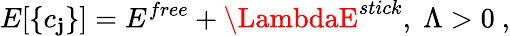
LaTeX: E[\{ c_{\mathbf{j}}\} ]=E^{free}+\LambdaE^{stick},\; \Lambda>0\ ,